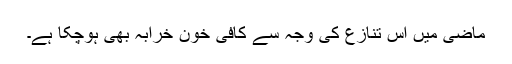
ماضی میں اس تنازع کی وجہ سے کافی خون خرابہ بھی ہوچکا ہے۔